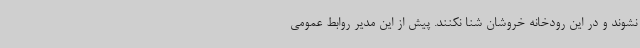
نشوند و در این رودخانه خروشان شنا نکنند. پیش از این مدیر روابط عمومی